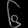
Digit: ၆